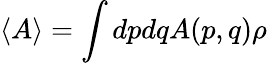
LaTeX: \langle A\rangle=\int dpdqA(p,q)\rho